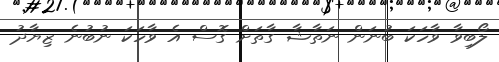
ލޯބިވާ ވާހަކަ ބުނަން ނަތާޝާ ގާތަށް ގޮސް އެ ވާހަކަ ނުބުނެ ޒިޔާދު